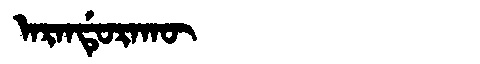
Manchu: ᠠᡵᠠᠨᡩᡠᡵᠠᡴᡡ
Romanization: ARANDURAKŪ